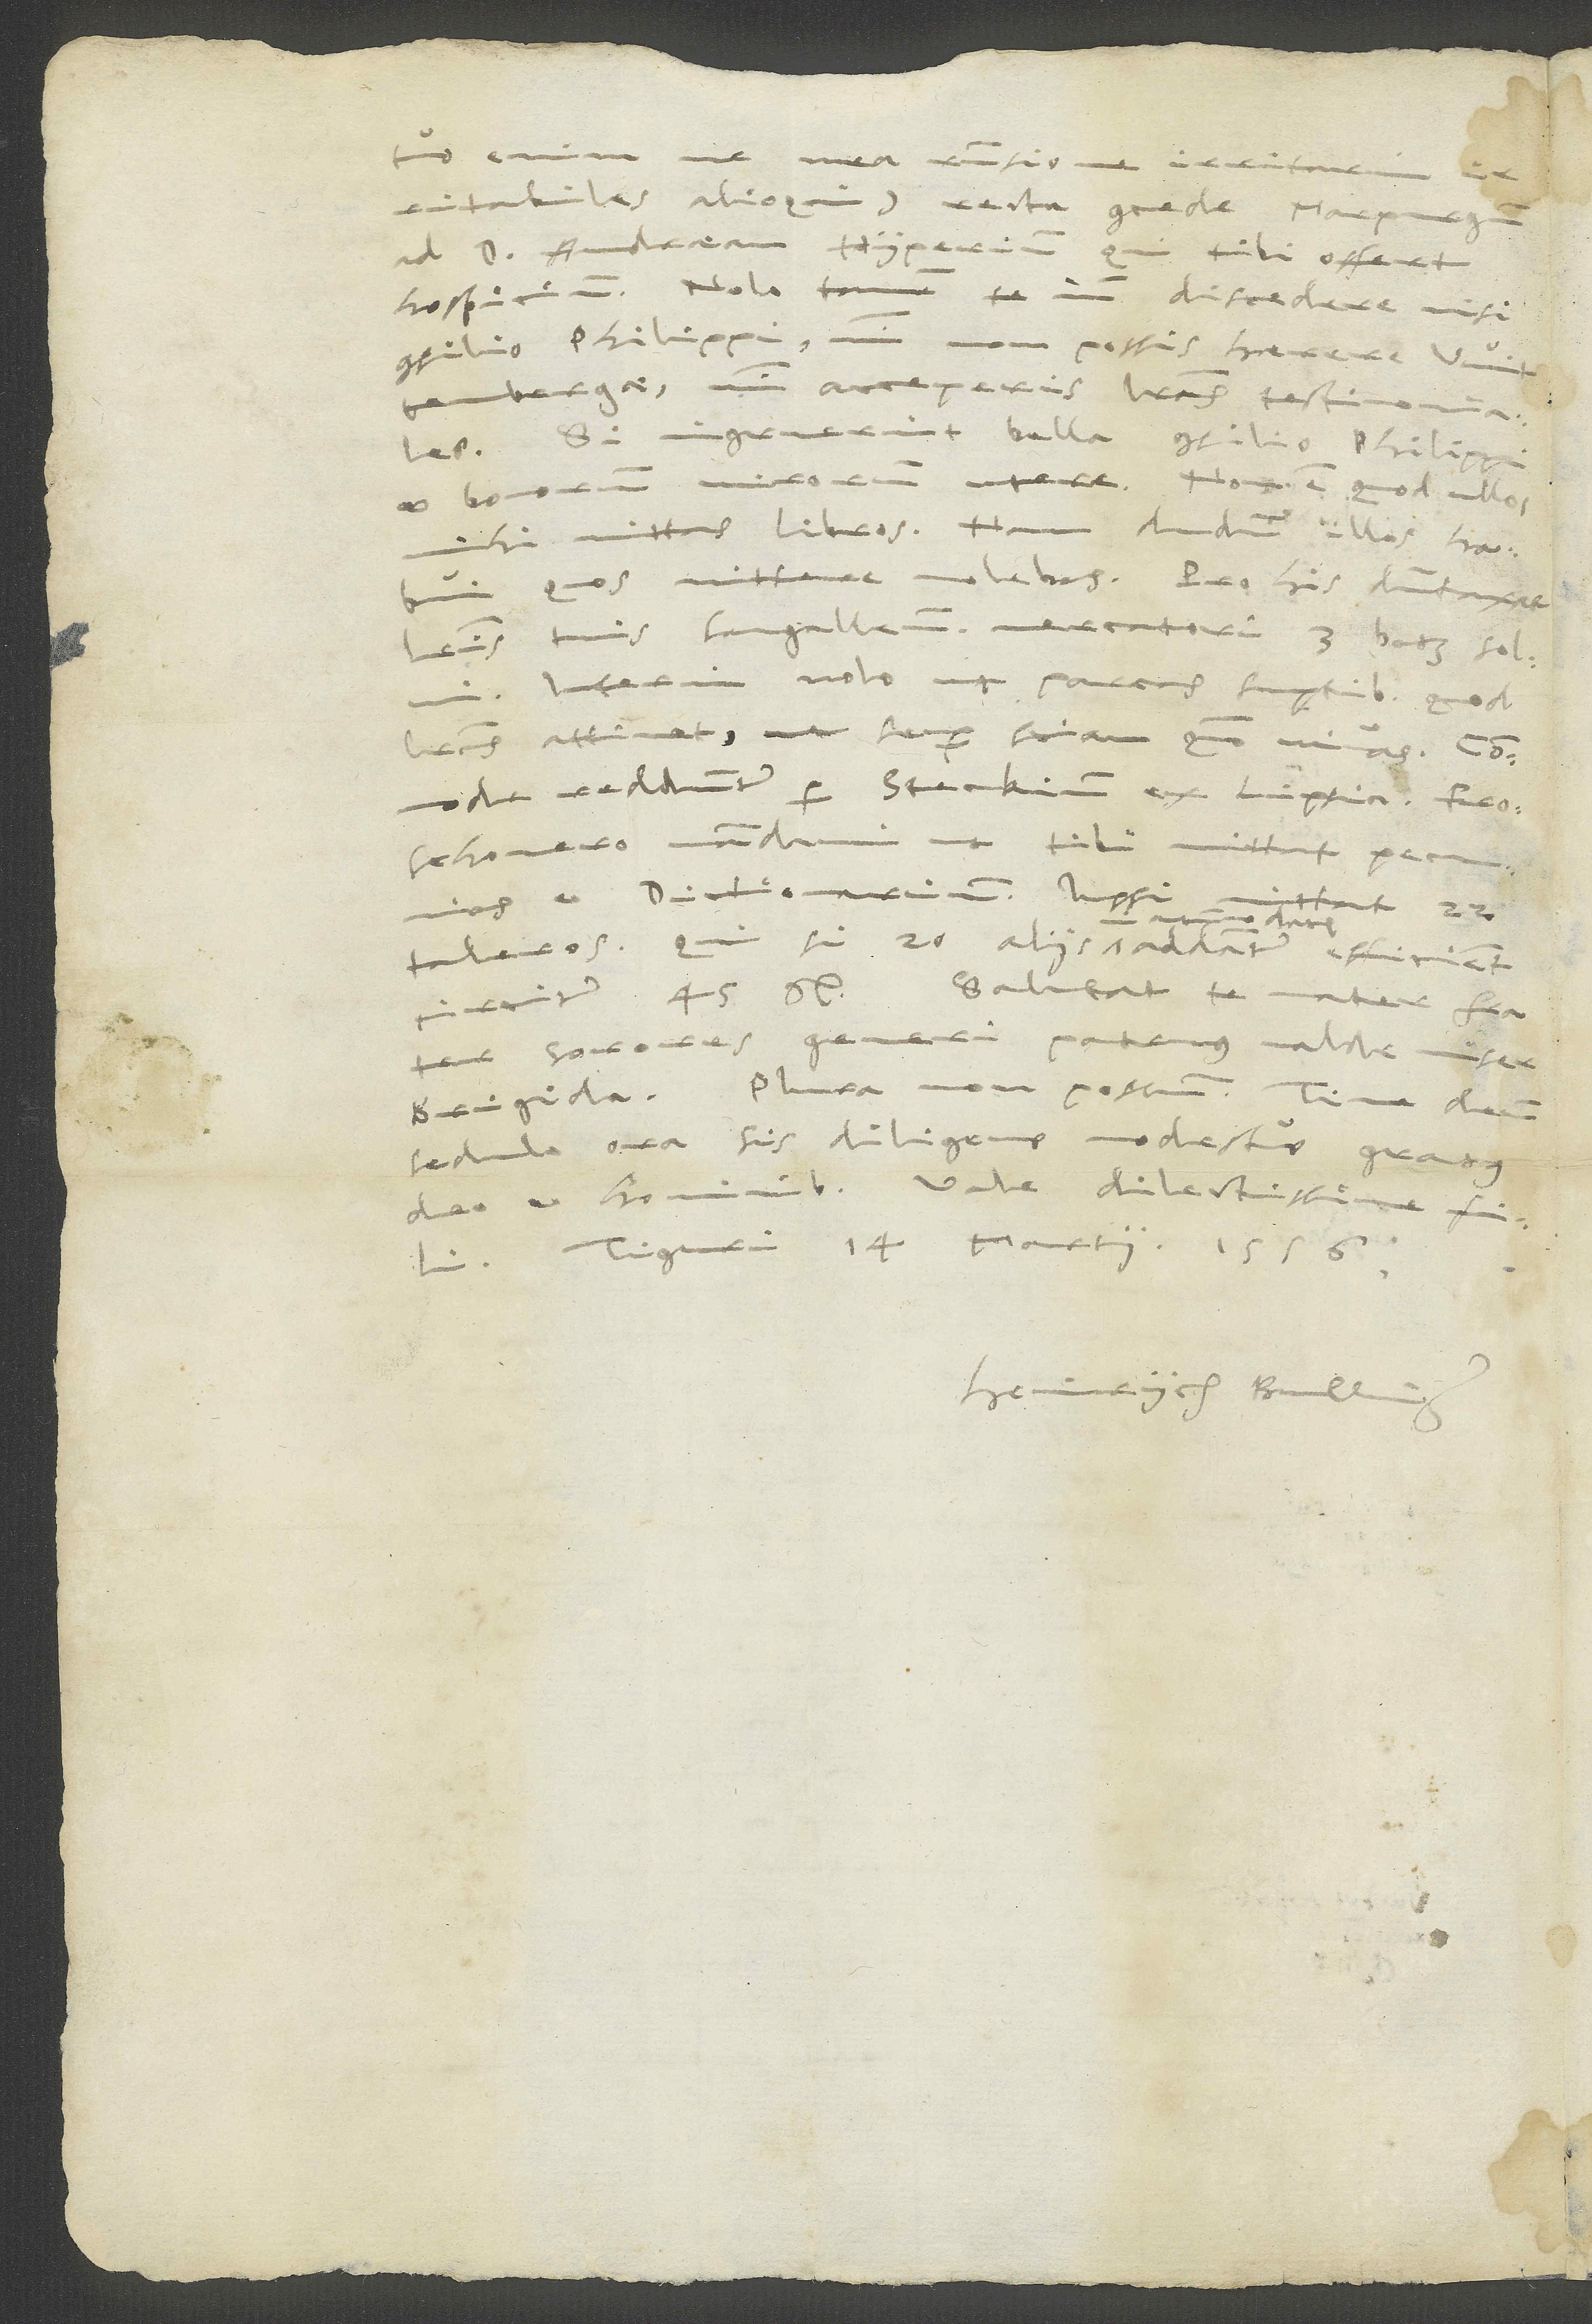
enim, ne mea responsione irritarem
irritabiles alioquin) recta concede Marpurgum
ad d. Andream Hyperium, qui tibi offert
consilio Philippi, nisi non possis haerere
Si ingruerint bella, consilio Philippi
bonorum virorum utere. Non est, quod ullos
mihi mittas libros; nam dudum illos habui,
quos mittere volebas. Pro his dumtaxat
Interim nolo, ut parcas sumptibus, quod
pecunias et dictionarium; iussi, mittat
sorores, generi; patruus valde miser,
Brigida. Plura non possum. Time deum,
sedulo ora, sis diligens, modestus, gratus
Tiguri 14. martii 1556.